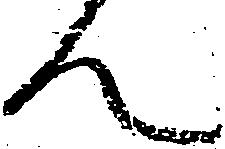
ん